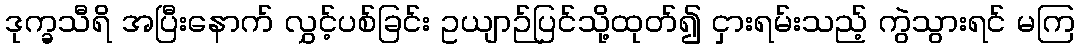
ဒုက္ခသီရိ အပြီးနောက် လွှင့်ပစ်ခြင်း ဥယျာဉ်ပြင်သို့ထုတ်၍ ငှားရမ်းသည့် ကွဲသွားရင် မကြ